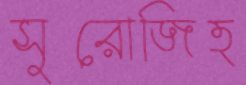
সুরোজিত্